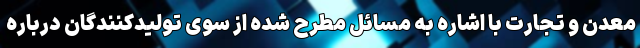
معدن و تجارت با اشاره به مسائل مطرح شده از سوی تولیدکنندگان درباره